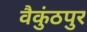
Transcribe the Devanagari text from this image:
वैकुंठपुर